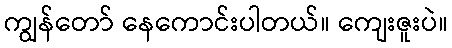
ကျွန်တော် နေကောင်းပါတယ်။ ကျေးဇူးပဲ။